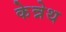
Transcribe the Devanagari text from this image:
केन्नेथ